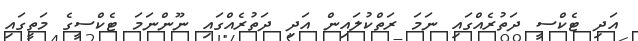
އަދި ޓެކްސީ ދަތުރެއްގައި ނަމަ ރަތްކުލައިން އަދި ދަތުރެއްގައި ނޫންނަމަ ޓެކްސީގެ މަތީގައި